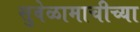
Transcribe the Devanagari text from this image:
सुवेळामाचीच्या